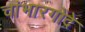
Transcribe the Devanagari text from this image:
चांभारगोंदे